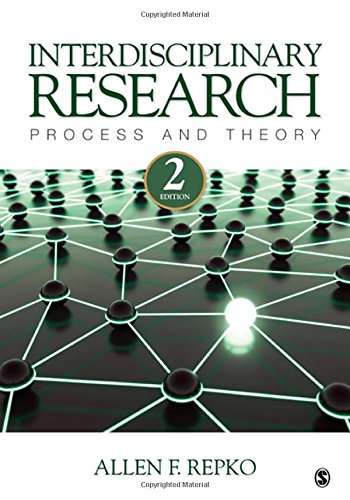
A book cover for Interdisciplinary Research: Process and Theory; Allen F. Repko; Reference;